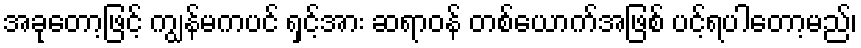
အခုတော့ဖြင့် ကျွန်မကပင် ရှင့်အား ဆရာဝန် တစ်ယောက်အဖြစ် ပင့်ရပါတော့မည်၊